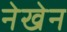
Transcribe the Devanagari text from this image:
नेखेन